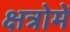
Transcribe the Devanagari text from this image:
क्षत्रोमें